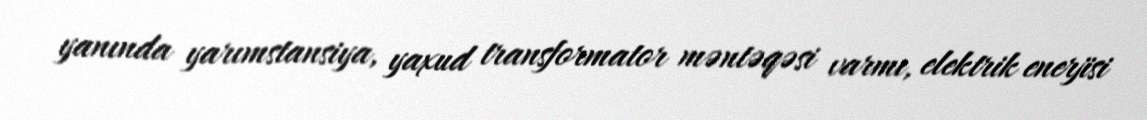
yanında yarımstansiya, yaxud transformator məntəqəsi varmı, elektrik enerjisi